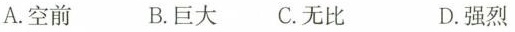
A.空前 B.巨大 C.无比 D.强烈